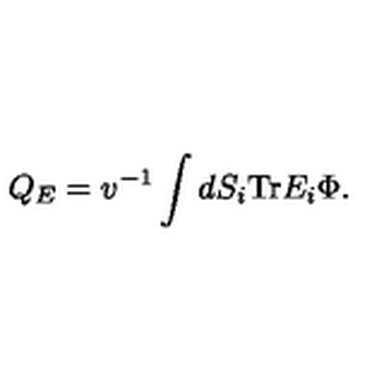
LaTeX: Q _ { E } = v ^ { - 1 } \int d S _ { i } \mathrm { T r } E _ { i } \Phi .